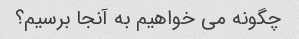
چگونه می خواهیم به آنجا برسیم؟